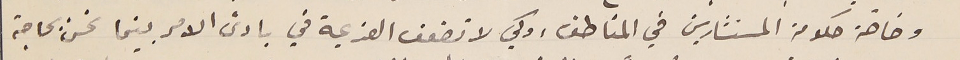
وخاصة حكومة المستشارين في المناطق، وكي لا تضعف العزيمة في بادىء الامر بينما نحن بحاجة